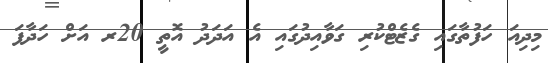
މިދިއަ ހަފުތާގައި ގެޒެޓްކުރި ގަވާއިދުގައި އެ އަދަދު އޮތީ 20ރ އަށް ހަދާފަ